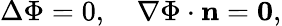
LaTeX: \Delta\Phi=0,\ \ \ \ \nabla\Phi\cdot\mathbf{n}=\mathbf{0},